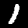
Label: 1